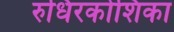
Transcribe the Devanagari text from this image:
रुधिरकोशिका